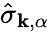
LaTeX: \hat{\sigma}_{\mathbf{k},\alpha}